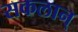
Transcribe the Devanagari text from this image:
सकलान्